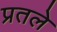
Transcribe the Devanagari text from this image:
प्रतले